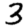
Digit: 3